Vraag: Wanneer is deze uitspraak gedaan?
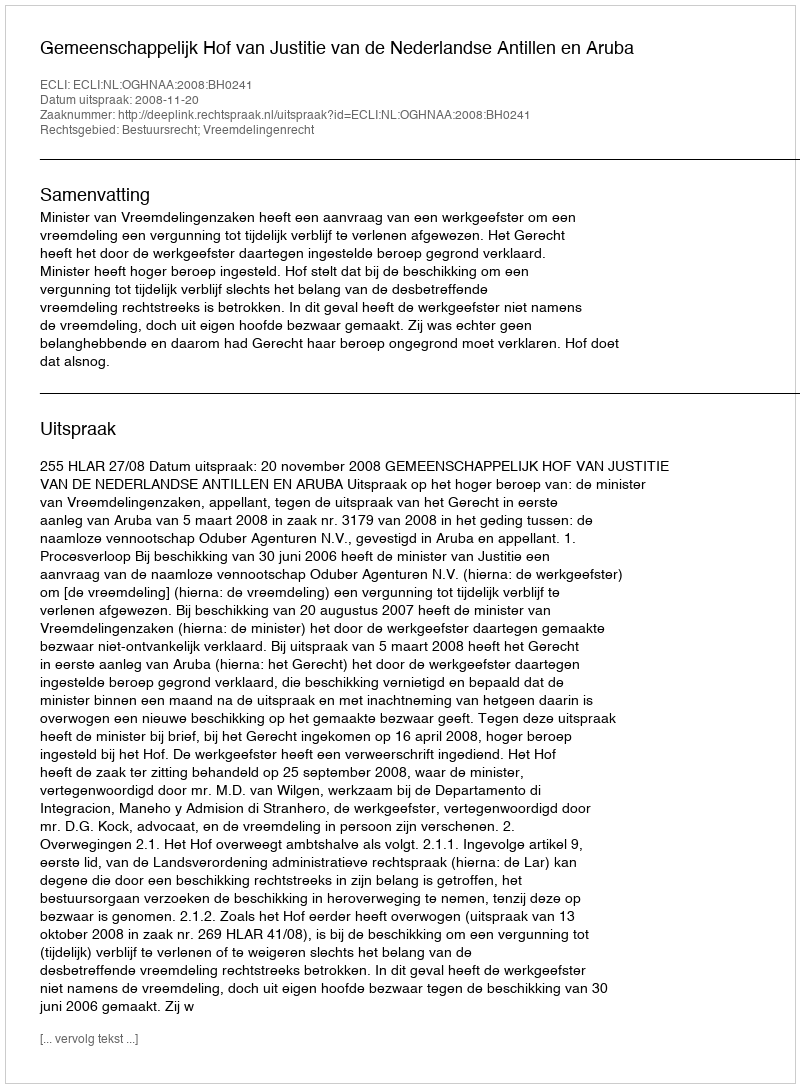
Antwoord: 2008-11-20